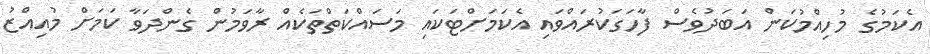
އެކަމުގެ މުހިއްމުކަން އަބަދުވެސް ފާހަގަކުރައްވައި އެކަމަށްޓަކައި މަސައްކަތްތަކެއް ރާވަމުން ގެންދަވާ ކަމަށް މުއިއްޒު